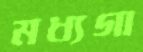
মধ্যগা